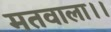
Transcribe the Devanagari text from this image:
मतवाला।।